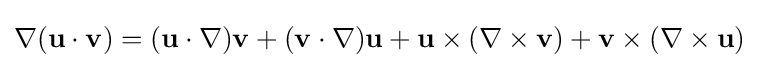
\nabla (\mathbf {u} \cdot \mathbf {v} )=(\mathbf {u} \cdot \nabla )\mathbf {v} +(\mathbf {v} \cdot \nabla )\mathbf {u} +\mathbf {u} \times (\nabla \times \mathbf {v} )+\mathbf {v} \times (\nabla \times \mathbf {u} )